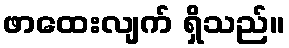
ဖာထေးလျက် ရှိသည်။